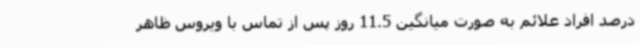
درصد افراد علائم به صورت میانگین 11.5 روز پس از تماس با ویروس ظاهر